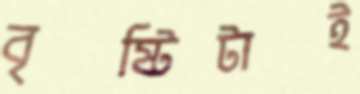
বৃষ্টিটাই